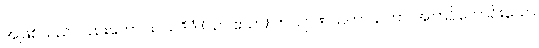
အဖြစ်သည်လည်းကောင်း။ ယဒိဒံ (ယာ ဧသာ) ကလျာဏသဟာယတာ၊ အကြင်ကောင်းသော